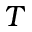
T